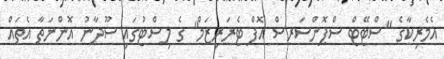
އެމެރިކާގެ "ސްޓޭޓް ސްޕޮންސަރސް އޮފް ޓެރަރިޒަމް" ގެ ލިސްޓުގައި ސޫދާނު އޮންނަތާ އެތައް